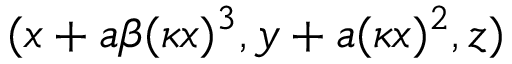
( x + a \beta ( \kappa x ) ^ { 3 } , y + a ( \kappa x ) ^ { 2 } , z )